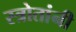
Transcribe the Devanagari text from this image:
स्त्रोतांनी